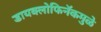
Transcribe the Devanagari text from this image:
डायक्लोफिनॅकमुळे